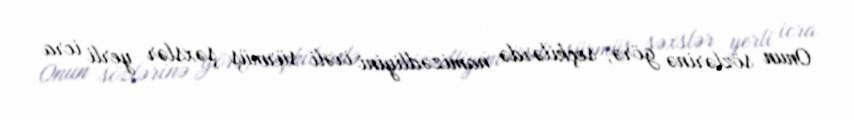
Onun sözlərinə görə, seçkilərdə namizədliyini irəli sürmüş şəxslər yerli icra